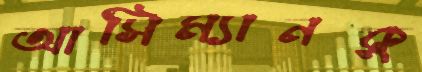
আসিম্যানকু